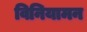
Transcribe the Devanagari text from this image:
विनियामन